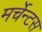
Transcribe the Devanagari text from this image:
मर्चेन्टस